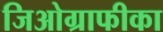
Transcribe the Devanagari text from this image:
जिओग्राफीका